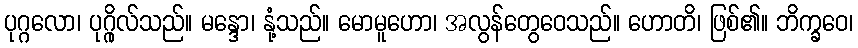
ပုဂ္ဂလော၊ ပုဂ္ဂိုလ်သည်။ မန္ဒော၊ နုံ့သည်။ မောမူဟော၊ အလွန်တွေဝေသည်။ ဟောတိ၊ ဖြစ်၏။ ဘိက္ခဝေ၊